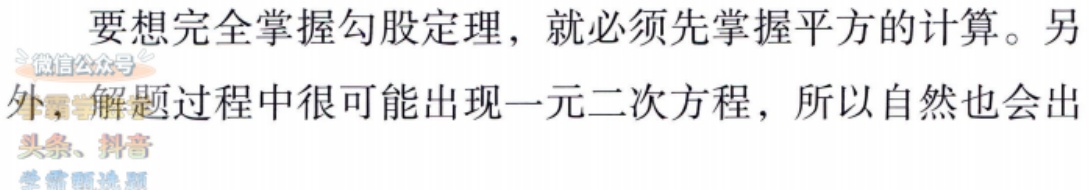
要想完全掌握勾股定理，就必须先掌握平方的计算。另外，解题过程中很可能出现一元二次方程，所以自然也会出